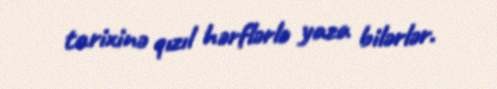
tarixinə qızıl hərflərlə yaza bilərlər.